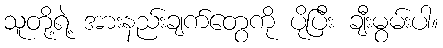
သူတို့ရဲ့ အားနည်းချက်တွေကို ပိုပြီး ချီးမွမ်းပါ။